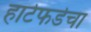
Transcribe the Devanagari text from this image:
हार्टफर्डचा